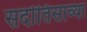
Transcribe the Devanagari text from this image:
सदोतिसाव्या